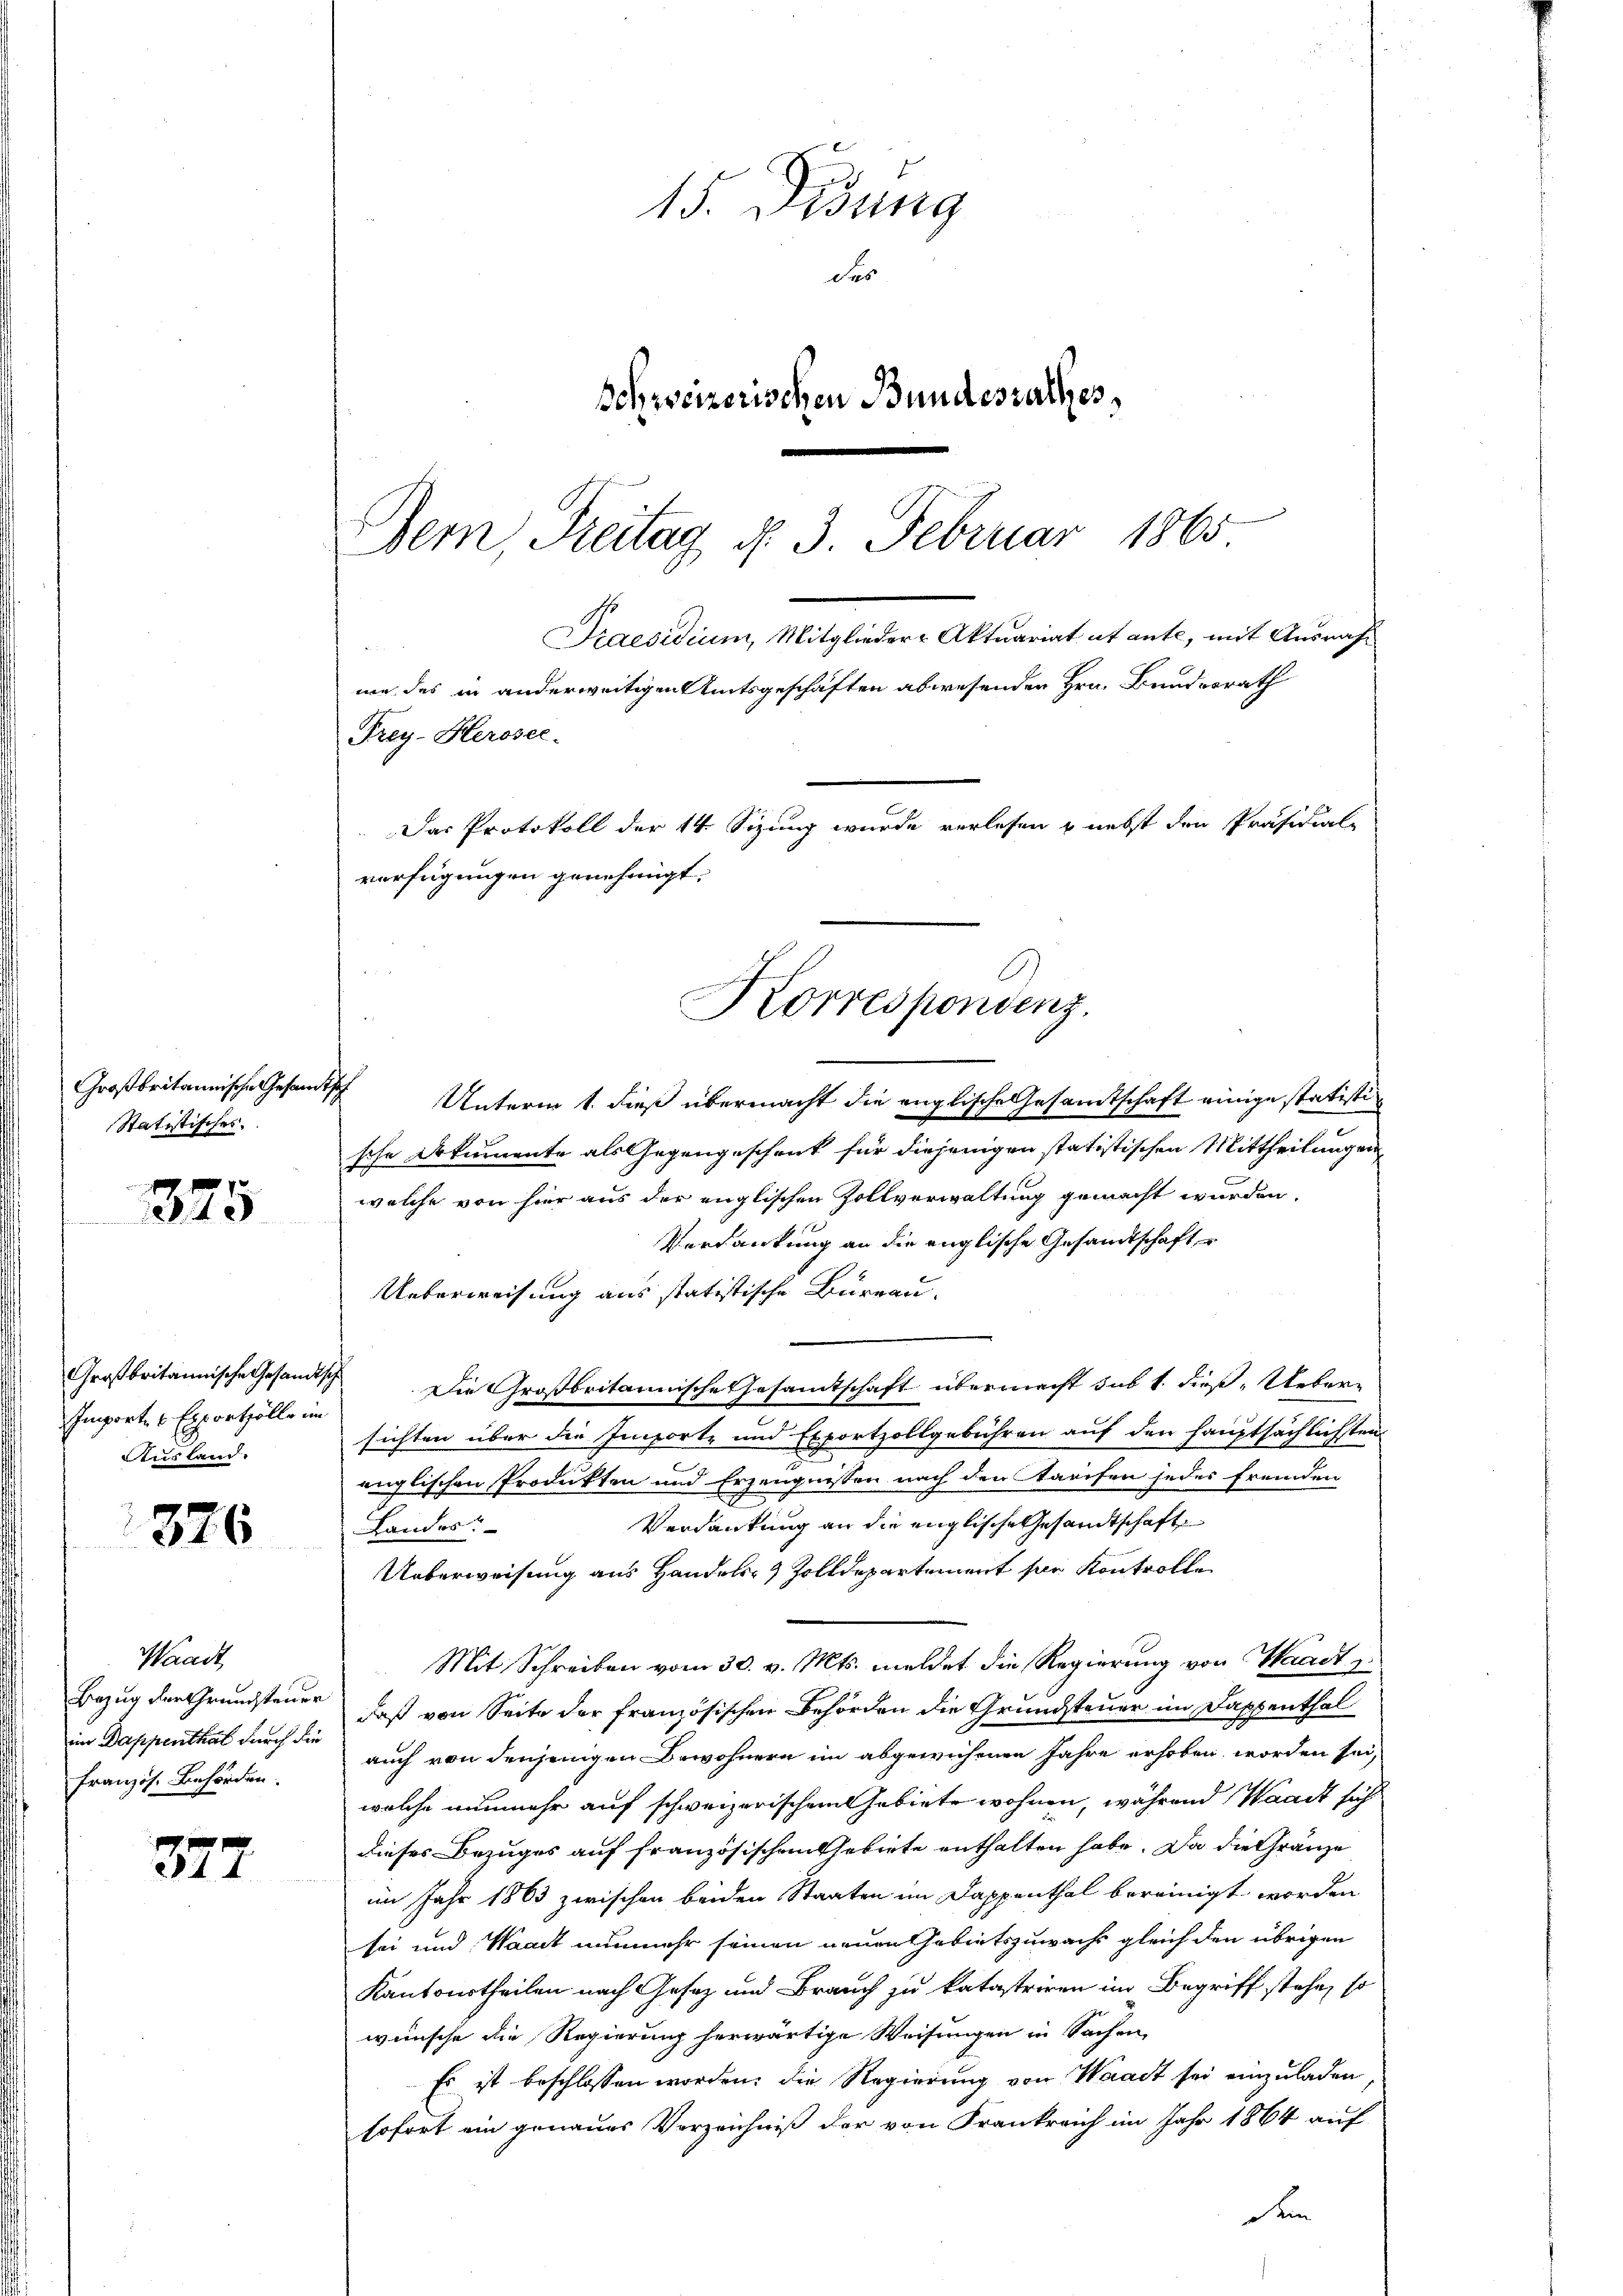
Großbritannische Gesandt
Statistisches.

325

Großbritannische Gesandtsc
Emporte 6 Exportolle im
Ausland.

376

Waadt,
Bezug der Grundsteuer
im Dappenthal durch die
französ. Behörden.

377.

15. Disung
des
Behweizerischen Bundesrathes,
emn Freitag d. 3. Februar 1865

Frey-Herosec.
Das Protokoll der 14. Sizung wurde verlesen & nebst den Präsidial-
verfügungen genehmigt.

Praesidium, Mitglieder-Aktuariat et ante, mit Ausnahmie des in anderweitigen Amtsgeschäften abwesenden Hrn. Bundesrath

h
Unterm 1. dieß übermacht die englische Gesamtschaft einige statisti
sche Dokumente als Gegengescheit für diejenigen statistischen Mittheilungen
welche von hier aus der englischen Zollverwaltung gemacht wurden,
Verdankung an die englische Gesandtschaft
Ueberweisung aus statistische Bureau.
Die Großbritannische Gesamtschaft übermacht sub 1. dieß „Ueber-
sichten über die Importe und Exportzollgebühren auf den hauptsächlichsten
englischen Produkten und Erzeugnissen nach den tarifen jedes fremden
Verdankung an die englische Gesandtschaft
Landes
Ueberweisung aus Handels- & Zolldepartement für Kontrolle
Mit Schreiben vom 30. v. Mts. meldet die Regierung von Waadt
daß von Seite der französischen Behörden die Grundsteuer im Dappenthal
auch von denjenigen Bewohnern im abgewichenen Jahre erhoben worden sei,
welche nunmehr auf schweizerischen Gebiete wohnen, während Waadt sicht
dieser Bezuges auf französischen Gebiete enthalten habe. Da die Gränze
im Jahr 1863 zwischen beiden Staaten im Dappenthal bereinigt worden
sei und Waadt nunmehr seinen neuen Gebietszuwachs gleich den übrigen
Kantonstheilen nach Gesetz und Brauch zu katastriren im Begriff stehe, so
wünsche die Regierung herwärtige Weisungen in Sachen,
Es ist beschlossen worden; die Regierung von Waadt sei einzuladen
sofort ein genaues Verzeichniß der von Frankreich im Jahr 1864 auf
dem

Korrespondenz.